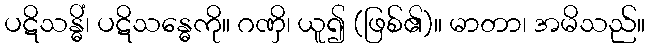
ပဋိသန္ဓိံ၊ ပဋိသန္ဓေကို။ ဂဏှိ၊ ယူ၍ (ဖြစ်၏)။ မာတာ၊ အမိသည်။